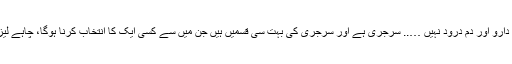
اس مرض کا علاج دوا دارو اور دم درود نہیں ….. سرجری ہے اور سرجری کی بہت سی قسمیں ہیں جن میں سے کسی ایک کا انتخاب کرنا ہوگا، چاہے لیزر سے ہی کیوں نہ ہو۔